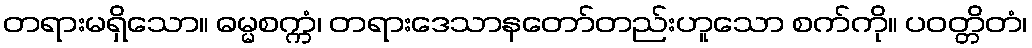
တရားမရှိသော။ ဓမ္မစက္ကံ၊ တရားဒေသာနတော်တည်းဟူသော စက်ကို။ ပဝတ္တိတံ၊